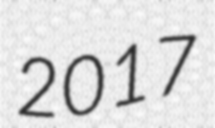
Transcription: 2017